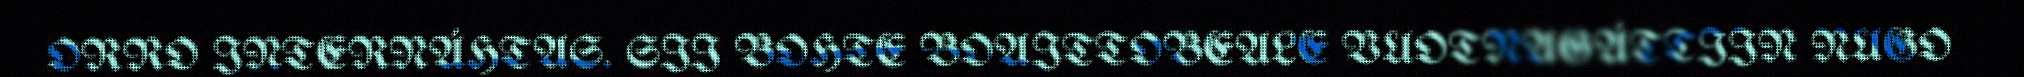
ORRO INTERNÁHTAS. SII BOHTE BOAITTOBEALE VUOTNAGÁTTIIN NUGO